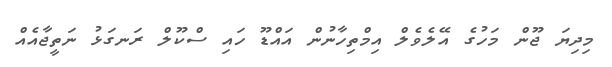
މިދިޔަ ޖޫން މަހުގެ އޭލެވެލް އިމްތިހާނުން އައްޑޫ ހައި ސްކޫލް ރަނގަޅު ނަތީޖާއެއް